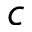
c